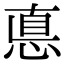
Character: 惪